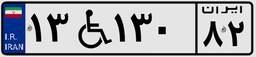
۳۵W۸۸۵۱۲